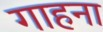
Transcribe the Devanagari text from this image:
गाहना